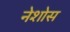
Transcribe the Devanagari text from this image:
नेशोस